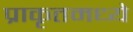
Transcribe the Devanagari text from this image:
प्राकृतमध्ये